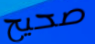
صحيح